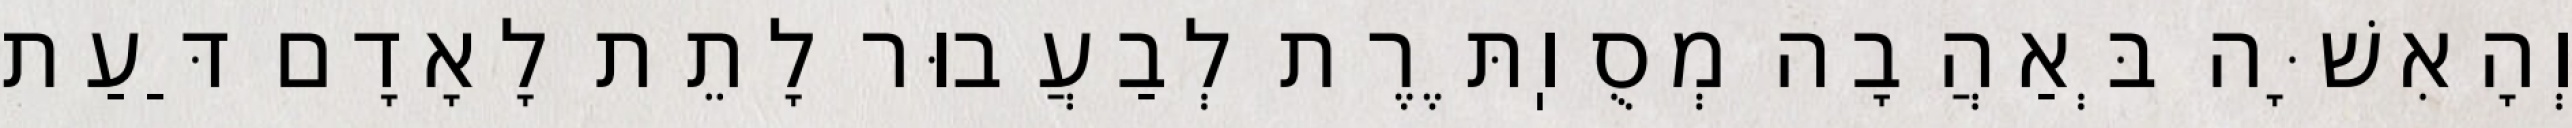
וְהָאִשָּׁה בְּאַהֲבָה מְסֻוֽתֶּרֶת לְבַעֲבוּר לָתֵת לָאָדָם דַּעַת